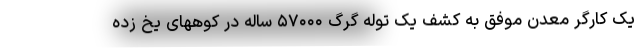
یک کارگر معدن موفق به کشف یک توله گرگ ۵۷۰۰۰ ساله در کوههای یخ زده